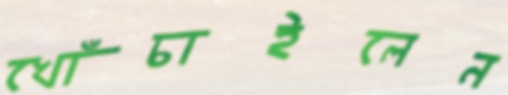
খোঁচাইলেন